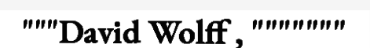
"""David Wolff , """""""